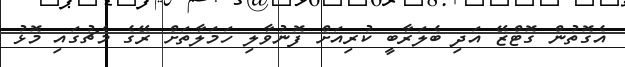
އެގޮތުން ގޮޓްޒޭ އަދި ބެލަރާބީ ކުރިއަށް ފޮނުވާލި ހަމަލާތަށް ރޭގެ މެޗުގައި މޮޅު